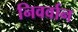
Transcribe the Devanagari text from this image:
निवर्वान